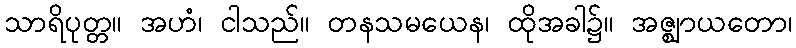
သာရိပုတ္တ။ အဟံ၊ ငါသည်။ တနသမယေန၊ ထိုအခါ၌။ အဇ္ဈာယတော၊